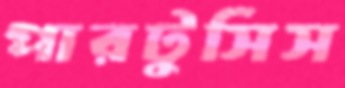
পারটুসিস